Annual report on the health of the army in India
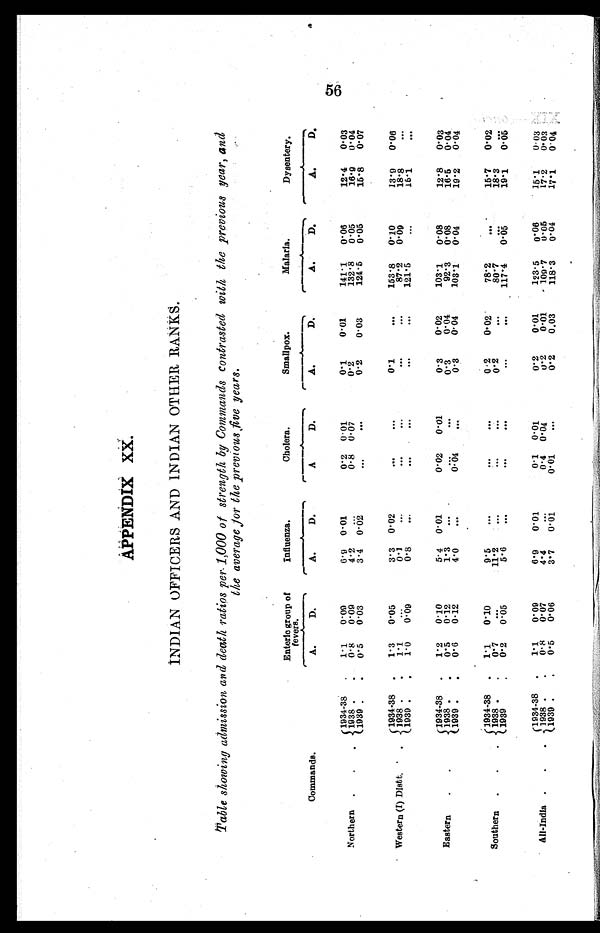
APPENDIX XX.
INDIAN OFFICERS AND INDIAN OTHER RANKS.
Table showing admission and death ratios per 1,000 of strength by Commands contrasted with the previous year, and
the average for the previous five years.
Commands.
Enteric group of
fevers.
Influenza.
Cholera.
Smallpox.
Malaria.
Dysentery.
A.
D .
A.
D .
A
D .
A .
D.
A .
D.
A. D.
Northern.
.
1934-38
1 . 1
0 . 0 9
6 . 9
0 . 0 1
0 . 2 0 . 0 1
0 . 1 0 . 0 1
141.1
0.06
12.4
0.03
1938 .
0.8
0.09
4.2
. . .
0.8 0.07
0 . 2 . . .
1 3 2 . 8
0 . 0 5
1 6 . 9
0 . 0 4
1939.
0 . 5
0.03
3.4
0 . 0 2
. . . .
0 . 2
0.03
1 2 4 . 5
0 . 0 5
1 5 . 8
0 . 0 7
Western (I) Distt.
1934-38
1.3
0.05
3.3 0.02
. . . .
0.1
. . .
153.8
0.10
13.9
0.06
1938.
1 . 1
. . .
0 . 1
. . .
. . . . . .
. .
...
8 7 . 2
0.09
1 8 . 8
. . .
1939 .
1 . 0
0.09
0 . 8
. . .
. . . . . .
. . .
. . .
1 2 1 . 5
. . .
1 5 . 1
. . .
Eastern
.
1934-38
1 . 2
0 . 1 0
5.4 0.01
0.02
0.01
0.3
0.02
103.1
0.08
12.8
0.03
1 9 3 8
0 . 5
0 . 1 2
1.3
.-
. . . . . -.
0.3
0 . 0 4
9 2 . 3
0 . 0 8
1 6 . 5
0 . 0 4
1939 .
0 . 6
0.12
4.0
. . .
0.04
. . .
0 . 3
0 . 0 4
1 0 3 . 1
0 . 0 4
1 9 . 2
0 . 0 4
Southern .
.
1934-38
1.1
0.10
9.5
. . .
. . . . . .
0 . 2
0 . 0 2
78.2
. . .
15.7
0 . 0 2
.1938
0.7
. . .
11.2
. .
. . . . . . .
02
. . .
80.7
. . .
1 8 . 3
. . .
1939
0.2
0.05
5.6
. . .
. . . . . .
...
. . .
117.4
0 . 0 5
1 9 . 1
0 . 0 5
All-India.
1934-38
1.1
0.09
6.9
0.01
0.1 0.01
0.2
0.01
123.5
0.06
15.1
0.03
1 9 3 8 . .
.0.8
0.07
4.4
. . .
0.4 0.04
0.2
0.01
109.7
0.05
17.2
0.03
1939 .
0.5
0.06
3.7
0.01
0.01
...
0.2
0.03
118.3
0.04
17.1
0.04
.
.
56